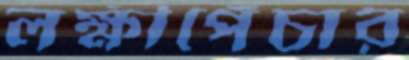
লক্ষীপেঁচার